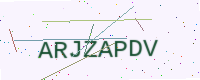
Text: ARJZAPDV